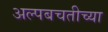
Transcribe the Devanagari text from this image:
अल्पबचतीच्या